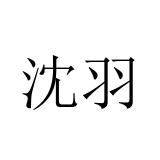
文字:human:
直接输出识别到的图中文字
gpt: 沈羽